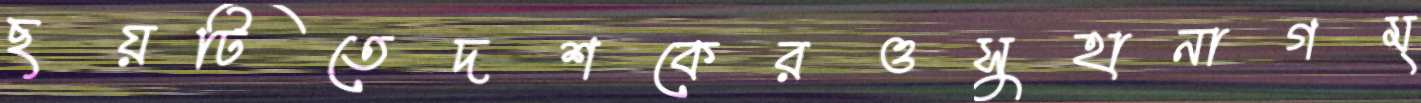
ছয়টিতেদশকেরওসুহানাগম্